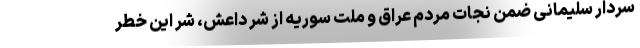
سردار سلیمانی ضمن نجات مردم عراق و ملت سوریه از شر داعش، شرّ این خطر